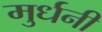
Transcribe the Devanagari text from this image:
मुर्धनी